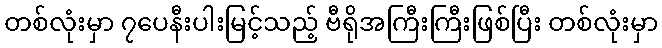
တစ်လုံးမှာ ၇ပေနီးပါးမြင့်သည့် ဗီရိုအကြီးကြီးဖြစ်ပြီး တစ်လုံးမှာ